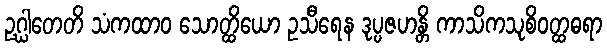
ဥဂ္ဃါတေတိ သံကထာဝ သောတ္ထိယော ဥသီရေန ဒုပ္ပဇဟန္တိ ကာသိကသုစိဝတ္ထဓရာ